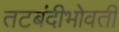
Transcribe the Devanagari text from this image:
तटबंदीभोवती